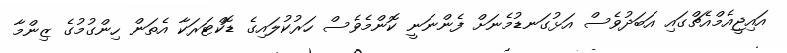
އައިޖީއެމްއެޗްގައި އަބަދުވެސް އަޅުގަނޑުމެނަށް ފެންނަނީ ކޮންމެވެސް ހަރުކުލައިގެ ޑޮކްޓަރަކާ އެތަން ހިންގުމުގެ ޒިންމާ